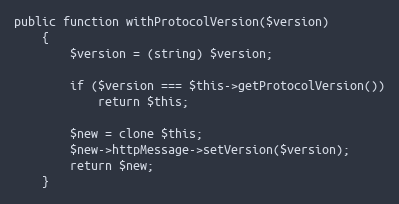
Language: PHP
public function withProtocolVersion($version)
    {
        $version = (string) $version;

        if ($version === $this->getProtocolVersion())
            return $this;

        $new = clone $this;
        $new->httpMessage->setVersion($version);
        return $new;
    }